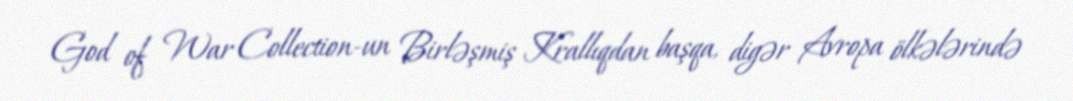
God of War Collection-un Birləşmiş Krallıqdan başqa, digər Avropa ölkələrində